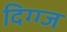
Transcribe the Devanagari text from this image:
दिग्ग्ज